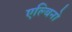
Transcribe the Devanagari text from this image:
एल्बिनो